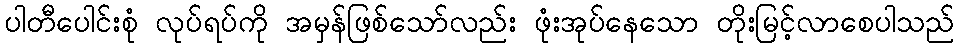
ပါတီပေါင်းစုံ လုပ်ရပ်ကို အမှန်ဖြစ်သော်လည်း ဖုံးအုပ်နေသော တိုးမြင့်လာစေပါသည်